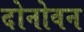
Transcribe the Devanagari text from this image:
दोनोवन